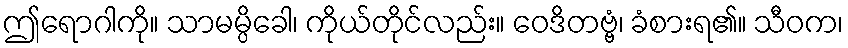
ဤရောဂါကို။ သာမမ္ပိခေါ၊ ကိုယ်တိုင်လည်း။ ဝေဒိတဗ္ဗံ၊ ခံစားရ၏။ သီဝက၊